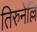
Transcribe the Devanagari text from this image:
तिरुनेल्लि